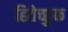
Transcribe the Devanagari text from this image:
हितेच्छुक